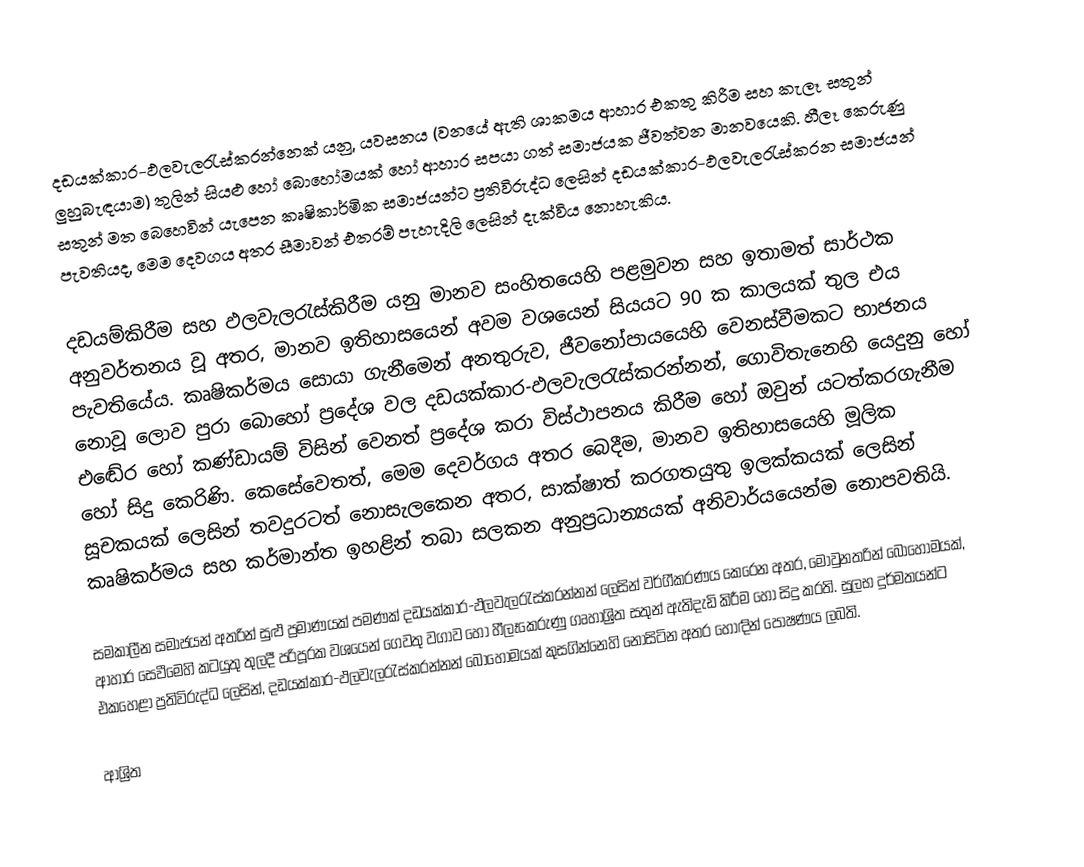
දඩයක්කාර-ඵලවැලරැස්කරන්නෙක් යනු, යවසනය (වනයේ ඇති ශාකමය ආහාර එකතු කිරීම සහ කැලෑ සතුන්  ලුහුබැඳයාම) තුලින් සියළු හෝ බොහෝමයක් හෝ ආහාර සපයා ගත් සමාජයක ජීවත්වන මානවයෙකි. හීලෑ කෙරුණු සතුන් මත බෙහෙවින් යැපෙන කෘෂිකාර්මික සමාජයන්ට ප්‍රතිවිරුද්ධ ලෙසින් දඩයක්කාර-ඵලවැලරැස්කරන සමාජයන් පැවතියද,  මෙම දෙවගය අතර සීමාවන් එතරම් පැහැදිලි ලෙසින් දැක්විය නොහැකිය.

දඩයම්කිරීම සහ ඵලවැලරැස්කිරීම යනු මානව සංහිතයෙහි පළමුවන සහ ඉතාමත් සාර්ථක අනුවර්තනය වූ අතර, මානව ඉතිහාසයෙන් අවම වශයෙන් සියයට 90 ක කාලයක් තුල එය පැවතියේය.  කෘෂිකර්මය සොයා ගැනීමෙන් අනතුරුව, ජීවනෝපායයෙහි වෙනස්වීමකට භාජනය නොවූ ලොව පුරා බොහෝ ප්‍රදේශ වල  දඩයක්කාර-ඵලවැලරැස්කරන්නන්,  ගොවිතැනෙහි යෙදුනු හෝ  එඬේර හෝ කණ්ඩායම් විසින් වෙනත් ප්‍රදේශ කරා විස්ථාපනය කිරීම හෝ ඔවුන් යටත්කරගැනීම හෝ සිදු කෙරිණි.   කෙසේවෙතත්, මෙම දෙවර්ගය අතර බෙදීම, මානව ඉතිහාසයෙහි මූලික සූචකයක් ලෙසින් තවදුරටත් නොසැලකෙන අතර,  සාක්ෂාත් කරගතයුතු ඉලක්කයක් ලෙසින් කෘෂිකර්මය සහ කර්මාන්ත ඉහළින් තබා සලකන අනුප‍්‍රධාන්‍යයක් අනිවාර්යයෙන්ම නොපවතියි.

සමකාලීන සමාජයන් අතරින් සුළු ප්‍රමාණයක් පමණක් දඩයක්කාර-ඵලවැලරැස්කරන්නන් ලෙසින් වර්ගීකරණය කෙරෙන අතර, මොවුනතරින් බොහෝමයක්,  ආහාර සෙවීමෙහි කටයුතු තුලදී පරිපූරක වශයෙන් ගෙවතු වගාව හෝ හීලෑකෙරුණු ගෘහාශ්‍රිත සතුන් ඇතිදැඩි කිරීම හෝ සිදු කරති.  සුලභ දුර්මතයන්ට එකහෙළා ප්‍රතිවිරුද්ධ ලෙසින්, දඩයක්කාර-ඵලවැලරැස්කරන්නන් බොහොමයක් කුසගින්නෙහි නොසිටින අතර හොඳින් පෝෂණය ලබති.

ආශ්‍රිත